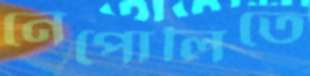
নেপোলিতে